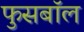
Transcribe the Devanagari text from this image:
फुसबॉल